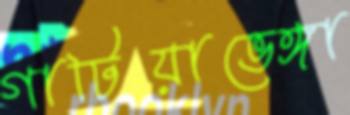
গাটিয়াভেঙ্গা